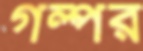
গল্পর